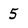
Character: 5